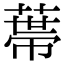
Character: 𦷾